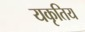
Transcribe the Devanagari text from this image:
यकृतिय